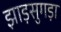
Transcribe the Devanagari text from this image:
झाड़सुगड़ा